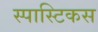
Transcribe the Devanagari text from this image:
स्पास्टिकस